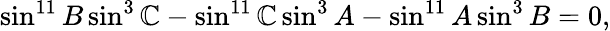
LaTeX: \sin^{11}B\sin^{3}\mathbb{C}-\sin^{11}\mathbb{C}\sin^{3}A-\sin^{11}A\sin^{3}B=0,